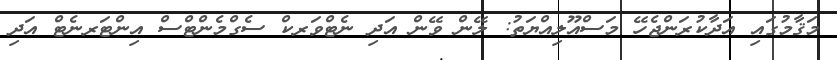
މަޤާމުގައި އަދާކުރަންޖެހޭ މަސްއޫލިއްޔަތު: ލޭން ވޭން އަދި ނެޓްވަރކް ސެގްމެންޓްސް އިންޓަރނެޓް އަދި